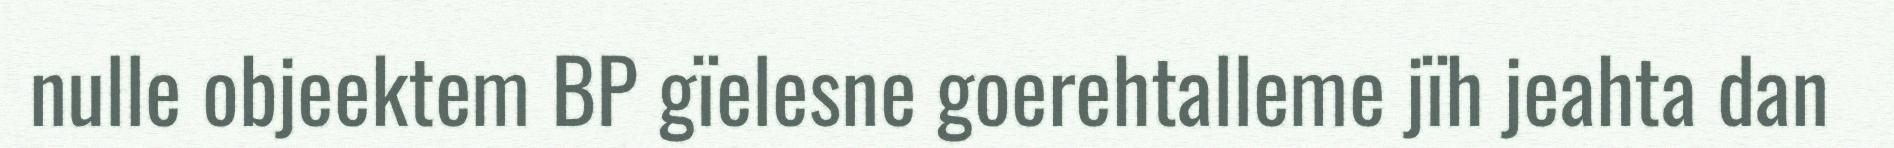
nulle objeektem BP gïelesne goerehtalleme jïh jeahta dan